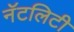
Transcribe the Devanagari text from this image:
नॅटलिटी